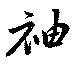
袖